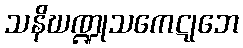
သနိဃဏ္ဍုသကေဋုဘေ